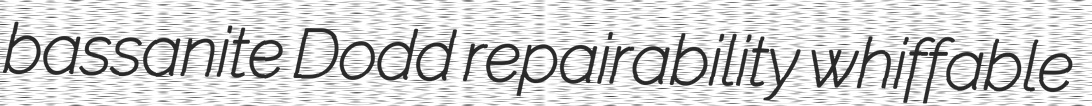
bassanite Dodd repairability whiffable